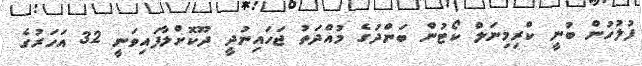
ފުލުހުން ބުނީ ކްރިމިނަލް ކޯޓުން ބަންދުގެ މުއްދަތު ޖަހައިނުދީ ދޫކޮށްލާފައިވަނީ 32 އަހަރުގެ